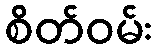
စိတ်ဝမ်း